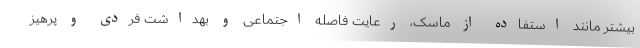
بیشتر مانند استفاده از ماسک، رعایت فاصله اجتماعی و بهداشت فردی و پرهیز